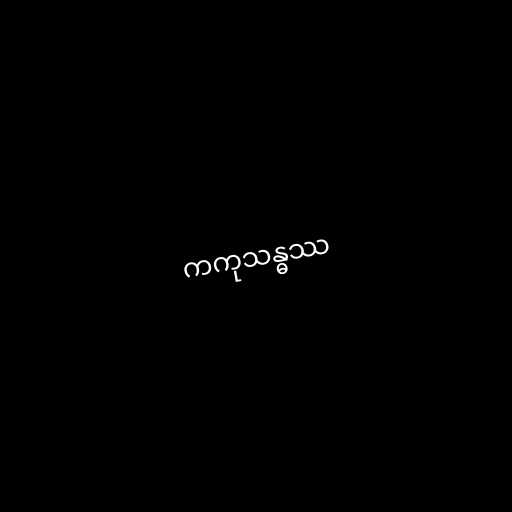
ကကုသန္ဓဿ